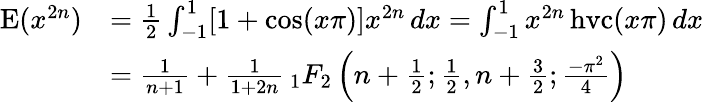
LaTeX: {\begin{array}{rl}{\operatorname{E}(x^{2n})}&{={\frac{1}{2}}\int_{-1}^{1}[1+\cos(x\pi)]x^{2n}\, dx=\int_{-1}^{1}x^{2n}\operatorname{hvc}(x\pi)\, dx}\\ &{={\frac{1}{n+1}}+{\frac{1}{1+2n}}\, _{1}F_{2}\left(n+{\frac{1}{2}};{\frac{1}{2}},n+{\frac{3}{2}};{\frac{-\pi^{2}}{4}}\right)}\end{array}}